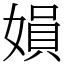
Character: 㜏